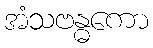
အံသဗန္ဓကော